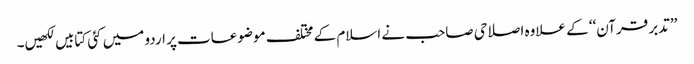
’’تدبر قرآن‘‘ کے علاوہ اصلاحی صاحب نے اسلام کے مختلف موضوعات پر اردو میں کئی کتابیں لکھیں۔